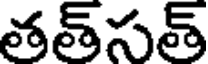
తత్సత్